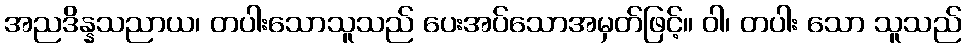
အညဒိန္နသညာယ၊ တပါးသောသူသည် ပေးအပ်သောအမှတ်ဖြင့်။ ဝါ၊ တပါး သော သူသည်